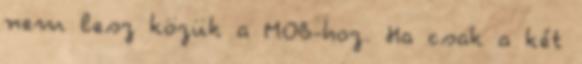
nem lesz közük a MOB-hoz. Ha csak a két